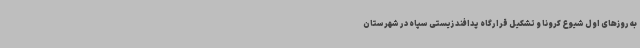
به روزهای اول شیوع کرونا و تشکیل قرارگاه پدافند زیستی سپاه در شهرستان